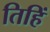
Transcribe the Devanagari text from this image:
तिहिं